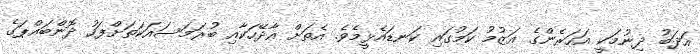
އަދަބު ދިނުމަކީ އަހަރެންގެ އަޒުމު ކަމުގައި ކަނޑައެޅީމެވެ. އެތަށް އާދޭހަކާއި ބުރަމަސައަކަތަށްފަހު ދޮންބައްޕަގެ